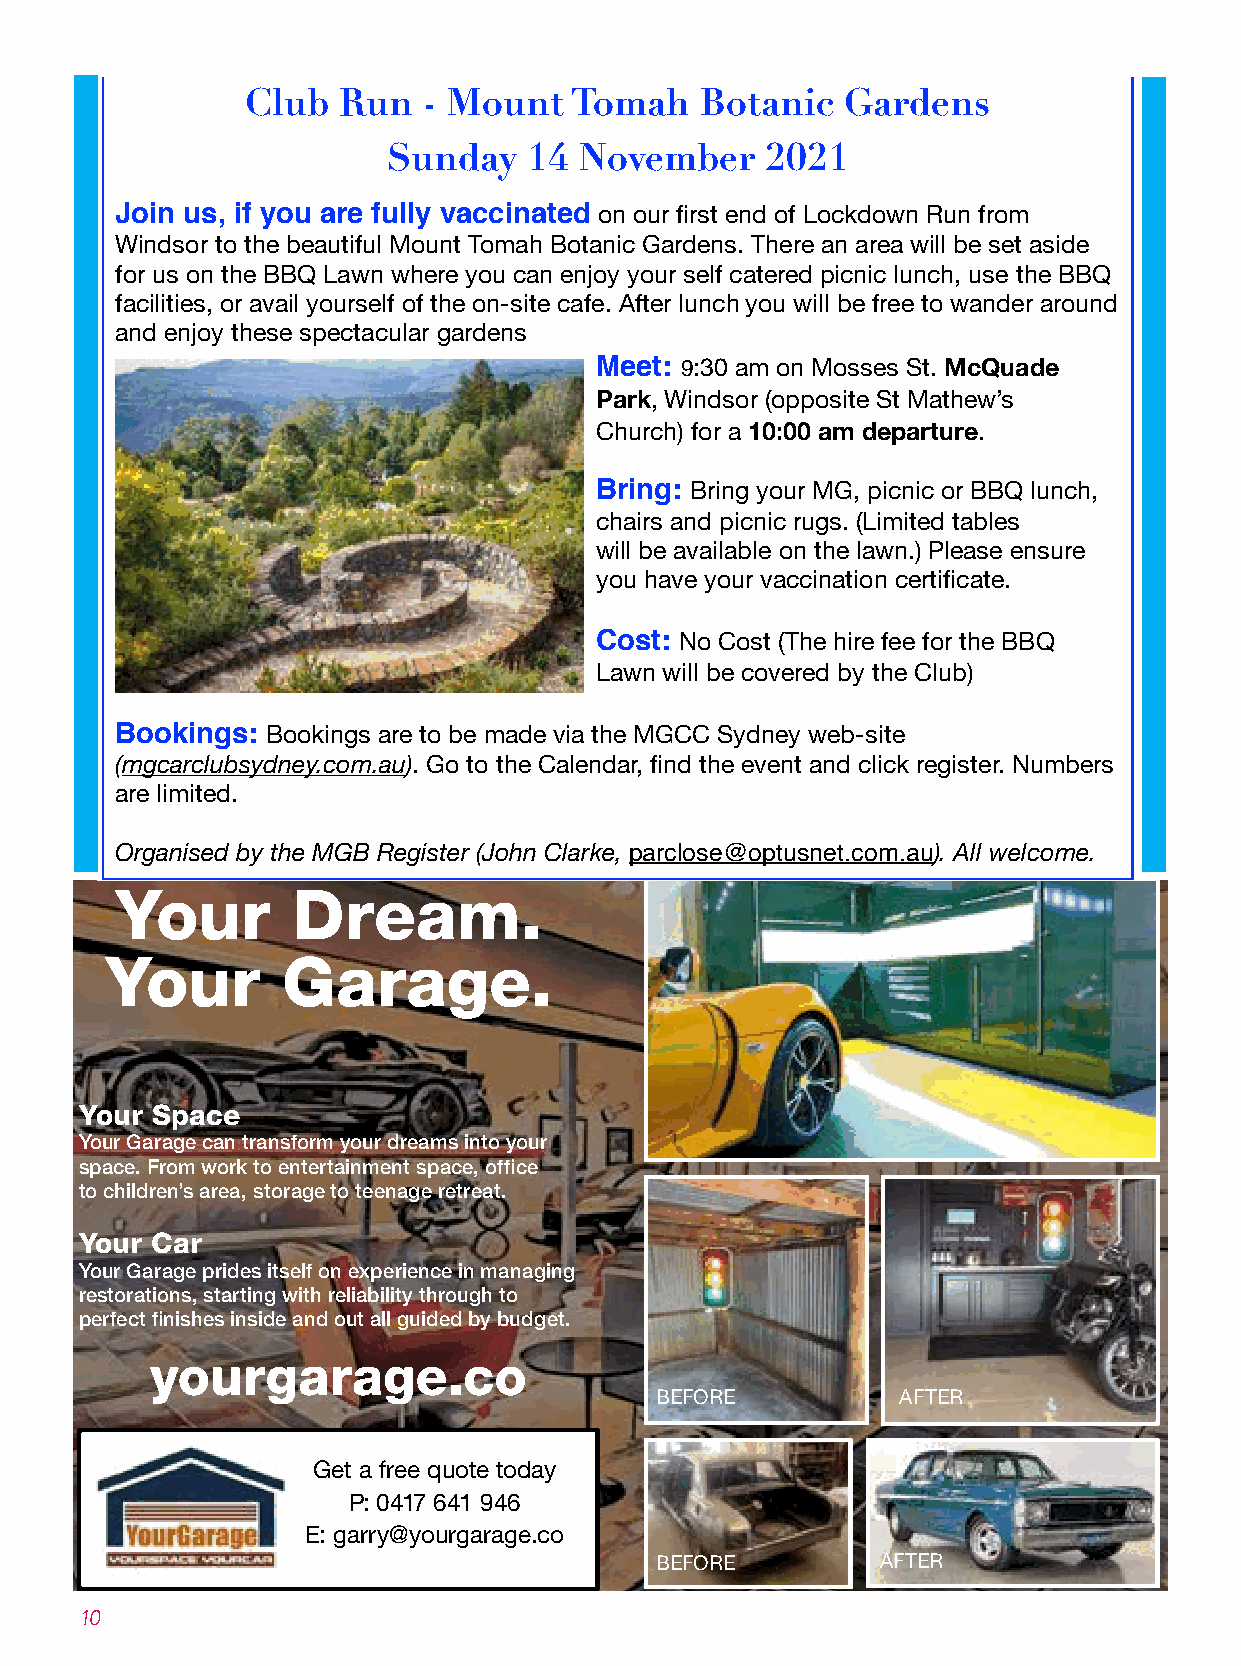
Club  Run   - Mount   Tomah   Botanic   Gardens
 Sunday   14 November     2021
 Join us, if you are fully vaccinated on our first end of Lockdown Run from
 Windsor to the beautiful Mount Tomah Botanic Gardens. There an area will be set aside
 for us on the BBQ Lawn where you can enjoy your self catered picnic lunch, use the BBQ
 facilities, or avail yourself of the on-site cafe. After lunch you will be free to wander around
 and enjoy these spectacular gardens
 Meet: 9:30 am on Mosses St. McQuade
 Park, Windsor (opposite St Mathew’s
 Church) for a 10:00 am departure.
 Bring: Bring your MG, picnic or BBQ lunch,
 chairs and picnic rugs. (Limited tables
 will be available on the lawn.) Please ensure
 you have your vaccination certificate.
 Cost: No Cost (The hire fee for the BBQ
 Lawn will be covered by the Club)
 Bookings: Bookings are to be made via the MGCC Sydney web-site
 (mgcarclubsydney.com.au). Go to the Calendar, find the event and click register. Numbers
 are limited.
 Organised by the MGB Register (John Clarke, parclose@optusnet.com.au). All welcome.
 Your       Dream.
 Your        Garage.
 Your Space
 Your Garage can transform your dreams into your
 space. From work to entertainment space, office
 to children’s area, storage to teenage retreat.
 Your Car
 Your Garage prides itself on experience in managing
 restorations, starting with reliability through to
 perfect finishes inside and out all guided by budget.
 yourgarage.co
 BEFORE           AFTER
 Get a free quote today
 P: 0417 641 946
 E: garry@yourgarage.co
 BEFORE         AFTER
 10